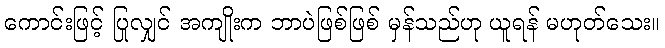
ကောင်းဖြင့် ပြုလျှင် အကျိုးက ဘာပဲဖြစ်ဖြစ် မှန်သည်ဟု ယူရန် မဟုတ်သေး။